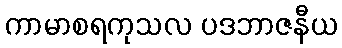
ကာမာစရကုသလ ပဒဘာဇနီယ